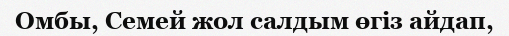
Омбы, Семей жол салдым өгіз айдап,